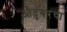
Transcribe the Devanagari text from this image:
औदुंबरचा